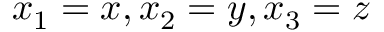
x _ { 1 } = x , x _ { 2 } = y , x _ { 3 } = z